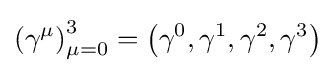
\left(\gamma ^{\mu }\right)_{\mu =0}^{3}=\left(\gamma ^{0},\gamma ^{1},\gamma ^{2},\gamma ^{3}\right)